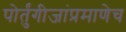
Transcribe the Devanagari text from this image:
पोर्तुंगीजांप्रमाणेच